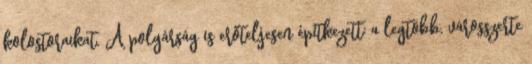
kolostoraikat. A polgárság is erőteljesen építkezett: a legtöbb, városszerte